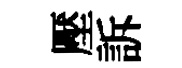
壓訴